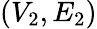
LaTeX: (V_{2},E_{2})